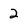
Character: 2